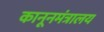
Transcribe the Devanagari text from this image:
कानूनमंत्रालय